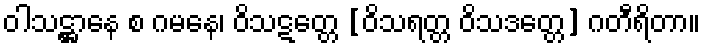
ဝါသဋ္ဌာနေ စ ဂမနေ၊ ဝိသဋတ္တေ [ဝိသရတ္တ ဝိသဒတ္တေ] ဂတီရိတာ။